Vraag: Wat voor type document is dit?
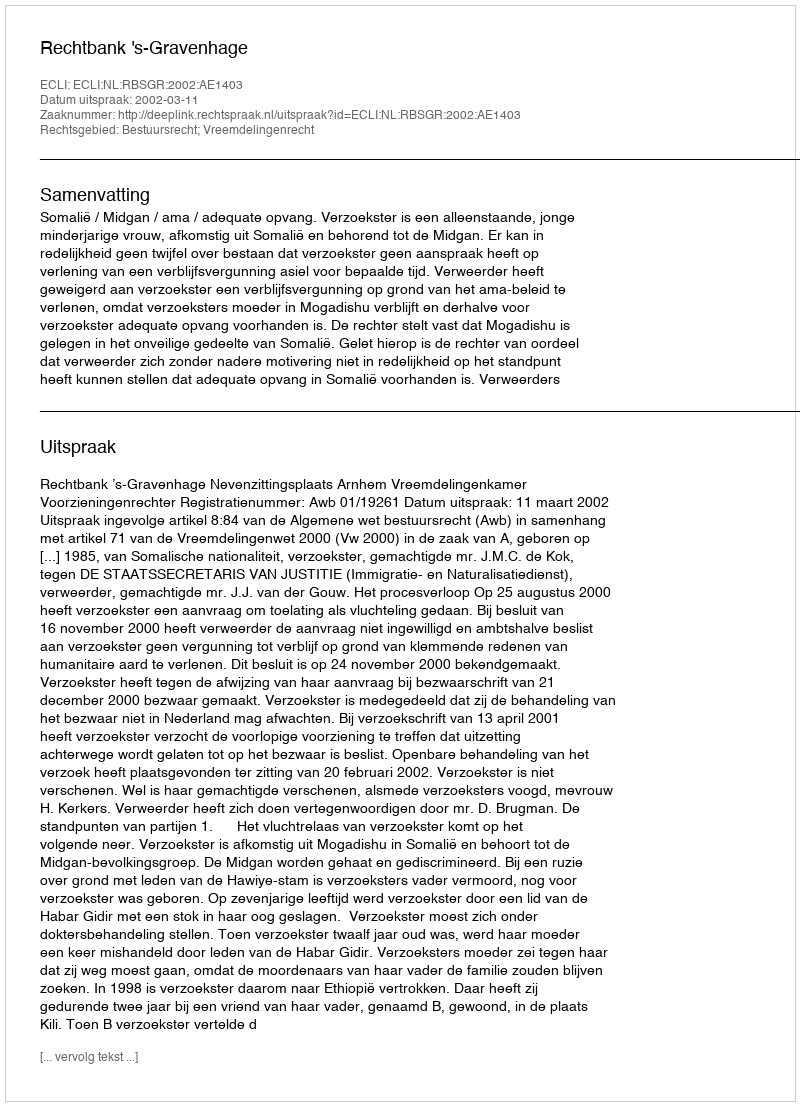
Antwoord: Uitspraak